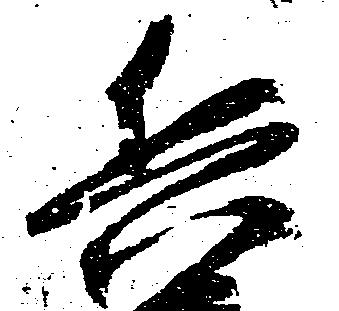
兵